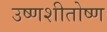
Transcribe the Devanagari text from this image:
उष्णशीतोष्ण